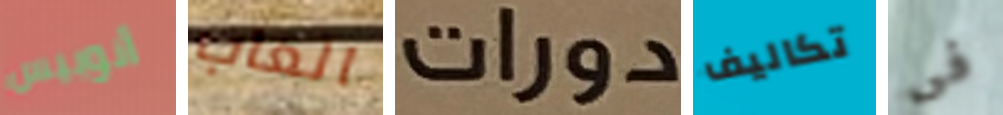
أنوبيس العاب دورات تكاليف فى